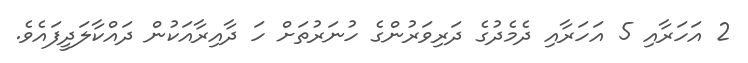
2 އަހަރާއި 5 އަހަރާއި ދެމެދުގެ ދަރިވަރުންގެ ހުނަރުތަށް ހަ ދާއިރާއަކުން ދައްކާލަދީފައެވެ.